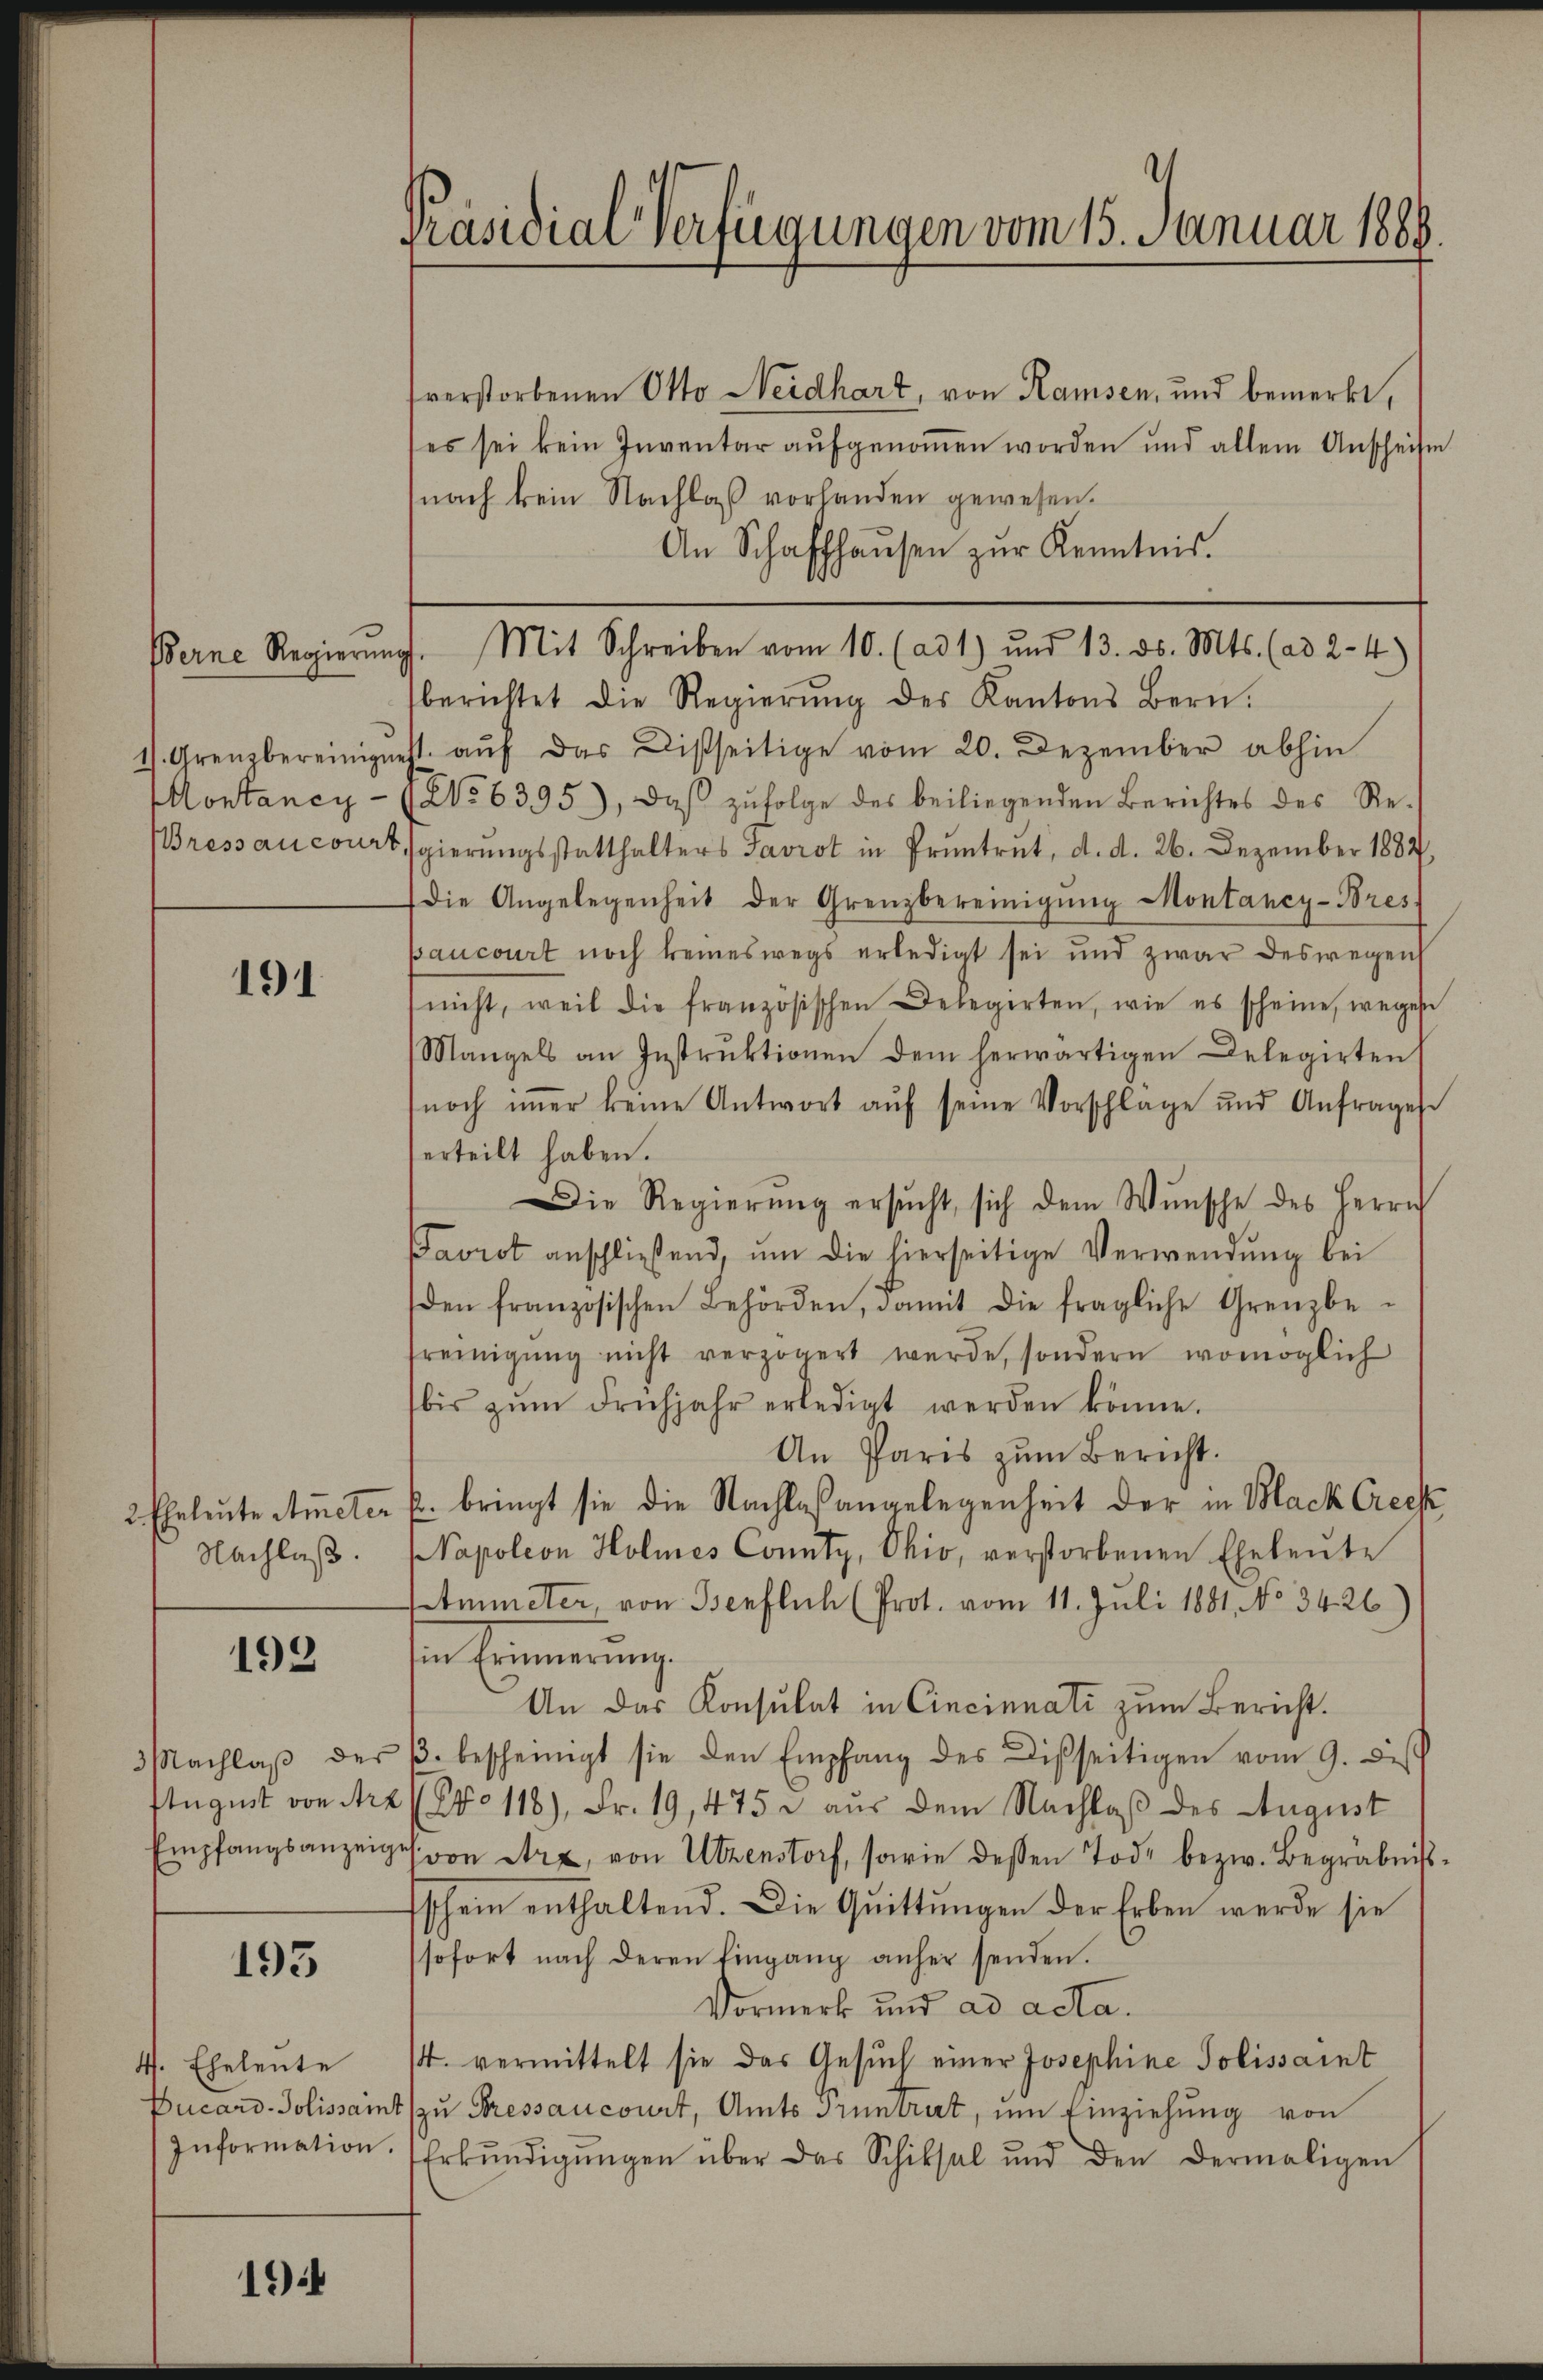
Montaney-

191

2 Eheleute Atmeter
Nachlaß.

193

3achlaß der
Empfangsanzeig

195

4. Eheleute
Information.

1944

Präsidial-Verfügungen vom 15. Januar 1888

sverstorbenen Otto Neidhart, von Ramsen, und bemerkt,
es sei kein Inventar aufgenommen worden und allein Anscheite
nach kein Nachlaß vorhanden gewesen.
An Schaffhaŭsen zŭr Kenntnis.
Berne Regierŭng. Mit Schreiben vom 10. (ad 1) und 13. ds. Mts. (ad 2-4)
berichtet die Regierŭng des Kantons Bern.
1). Grenzbereinignest. aŭf das Disseitige vom 20. Dezember abhin
No 6395), daβ zŭfolge des beiliegenden Berichtes des Re-
pressancourt gierungsstatthalters Favrot in Pruntrut, d. d. 26. Dezember 1882
die Angelegenheit der Grenzbereinigŭng Montaney-Bres
paucourt noch keineswegs erledigt sei und zwar deswegen
nicht, weil die französischen Delegirten, wie es scheine, wegese
Mangels an Instruktionen dem herwärtigen Delegirten
noch imer keine Antwort aŭf seine Vorschlage und Anfrage
erteilt haben.
Die Regierung ersŭcht, sich dem Wunsche des Herrn
Favrot anschließend, ŭm die hierseitige Verwendŭng bei
den französischen Behörden, damit die fragliche Grenzbe-
reinigŭng nicht verzögert werde, sondern womöglich
bis zŭm Frühjahr erledigt werden könne.
An Paris zum Bericht.
E. bringt sie die Nachlaßangelegenheit der in Black Crech
Napoleon Holmnes County, Ohio, verstorbenen Eheleute
mmeter, von Benflich (Prot. vom 11. Juli 1881, No. 3426)
den Ernennung
An das Konsulat in Cincinnati zum Bericht.
B. bescheinigt sie den Empfang des Disseitigen vom 9. dies
flugust von Arz (Nr. 118), Fr. 19, 475 u aŭs dem Nachlaβ des August
h von Arx, von Utzenstorf, sowie dessen Tode bezw. Begräbnis
sschein enthaltend. Die Quittungen der Erben werde sie
sofort nach deren Eingang anher senden.
Vormerk und ad acta.
4. vermittelt sie das Gesuch einer Josephine Polissait
Cucard-Polissait zŭ Pressancourt, Amts Truntrut, ŭm Einziehŭng von
Erkŭndigŭngen über das Schiksal und den dermaligen